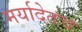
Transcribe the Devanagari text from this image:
मर्यादेतच